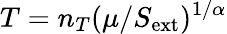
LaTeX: T=n_{T}(\mu/S_{\mathrm{ext}})^{1/\alpha}